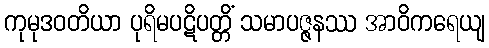
ကုမုဒဝတိယာ ပုရိမပဋိပတ္တိံ သမာပဇ္ဇနဿ အာဝိကရေယျ